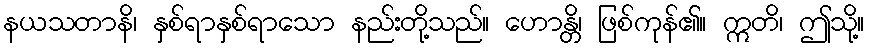
နယသတာနိ၊ နှစ်ရာနှစ်ရာသော နည်းတို့သည်။ ဟောန္တိ၊ ဖြစ်ကုန်၏။ ဣတိ၊ ဤသို့။